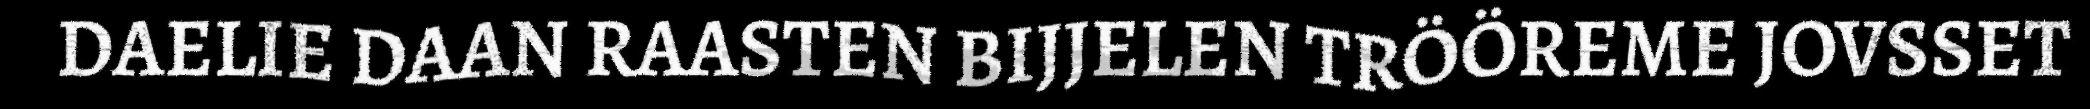
DAELIE DAAN RAASTEN BIJJELEN TRÖÖREME JOVSSET